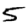
Digit: 5